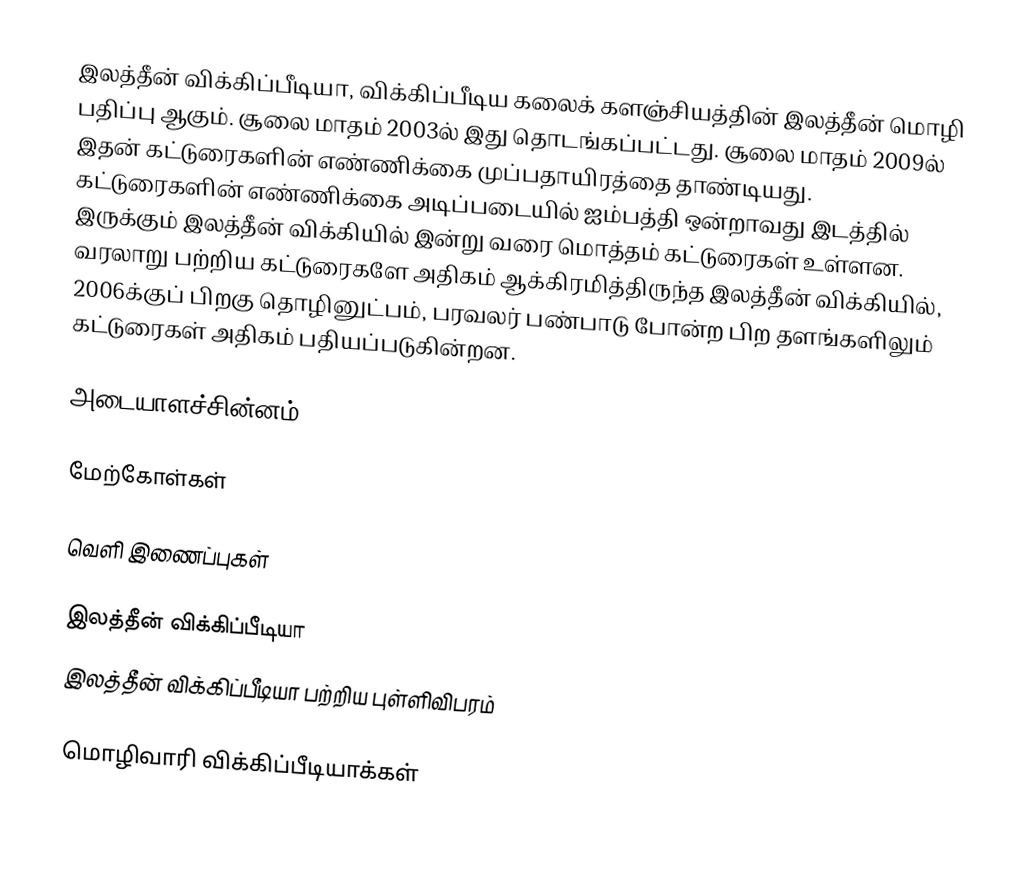
இலத்தீன் விக்கிப்பீடியா, விக்கிப்பீடிய கலைக் களஞ்சியத்தின் இலத்தீன் மொழி பதிப்பு ஆகும். சூலை மாதம் 2003ல் இது தொடங்கப்பட்டது. சூலை மாதம் 2009ல் இதன் கட்டுரைகளின் எண்ணிக்கை முப்பதாயிரத்தை தாண்டியது. கட்டுரைகளின் எண்ணிக்கை அடிப்படையில் ஐம்பத்தி ஒன்றாவது இடத்தில் இருக்கும் இலத்தீன் விக்கியில் இன்று வரை மொத்தம் கட்டுரைகள் உள்ளன. வரலாறு பற்றிய கட்டுரைகளே அதிகம் ஆக்கிரமித்திருந்த இலத்தீன் விக்கியில், 2006க்குப் பிறகு தொழினுட்பம், பரவலர் பண்பாடு போன்ற பிற தளங்களிலும் கட்டுரைகள் அதிகம் பதியப்படுகின்றன.

அடையாளச்சின்னம்

மேற்கோள்கள்

வெளி இணைப்புகள்

 இலத்தீன் விக்கிப்பீடியா
 இலத்தீன் விக்கிப்பீடியா பற்றிய புள்ளிவிபரம்

மொழிவாரி விக்கிப்பீடியாக்கள்